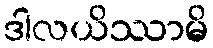
ဒါလယိဿာမိ